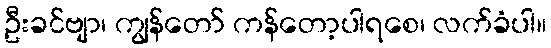
ဦးခင်ဗျာ၊ ကျွန်တော် ကန်တော့ပါရစေ၊ လက်ခံပါ။